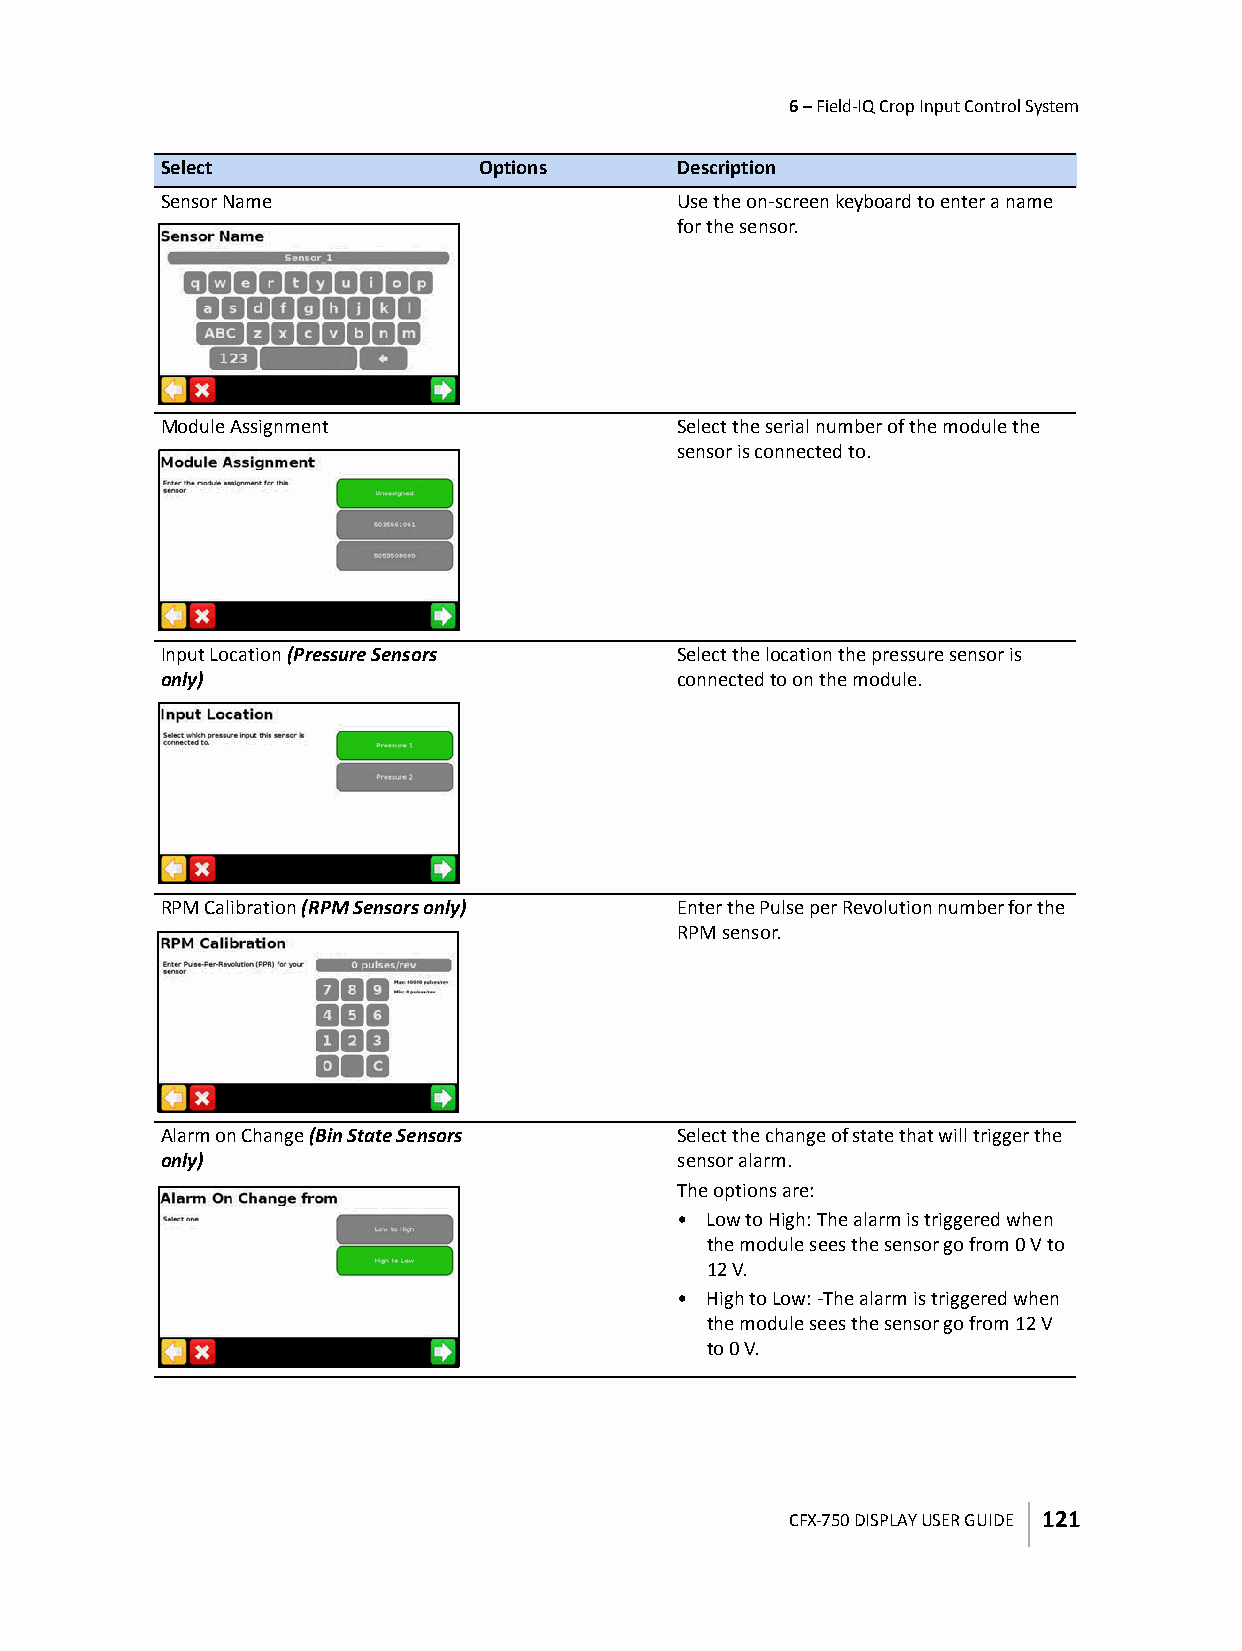
6 – Field-IQ Crop Input Control System
 Select               Options      Description
 Sensor Name                       Use the on-screen keyboard to enter a name
 for the sensor.
 Module Assignment                 Select the serial number of the module the
 sensor is connected to.
 Input Location (Pressure Sensors  Select the location the pressure sensor is
 only)                             connected to on the module.
 RPM Calibration (RPM Sensors only) Enter the Pulse per Revolution number for the
 RPM sensor.
 Alarm on Change (Bin State Sensors Select the change of state that will trigger the
 only)                             sensor alarm.
 The options are:
 • Low to High: The alarm is triggered when
 the module sees the sensor go from 0V to
 12V.
 • High to Low: -The alarm is triggered when
 the module sees the sensor go from 12V
 to 0V.
 CFX-750 DISPLAY USER GUIDE 121